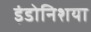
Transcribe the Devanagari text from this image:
इंडोनिशया